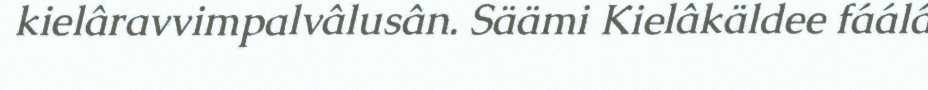
kielâravvimpalvâlusân. Säämi Kielâkäldee fáálá